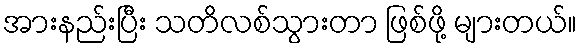
အားနည်းပြီး သတိလစ်သွားတာ ဖြစ်ဖို့ များတယ်။